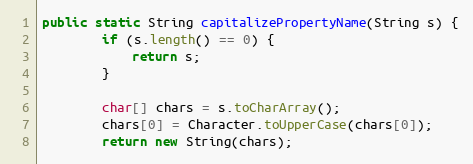
Language: Java
public static String capitalizePropertyName(String s) {
		if (s.length() == 0) {
			return s;
		}

		char[] chars = s.toCharArray();
		chars[0] = Character.toUpperCase(chars[0]);
		return new String(chars);